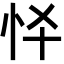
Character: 𢗛